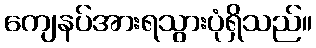
ကျေနပ်အားရသွားပုံရှိသည်။